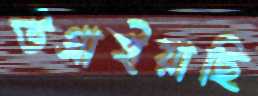
উগ্‌রাইয়াছি